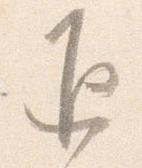
返